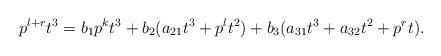
LaTeX: \begin{align*}p^{l+r}t^3 = b_1p^kt^3 + b_2(a_{21}t^3 + p^lt^2) + b_3(a_{31}t^3 + a_{32}t^2 + p^rt).\end{align*}